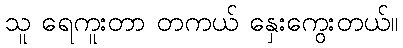
သူ ရေကူးတာ တကယ် နှေးကွေးတယ်။